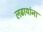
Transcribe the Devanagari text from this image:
लढायांना